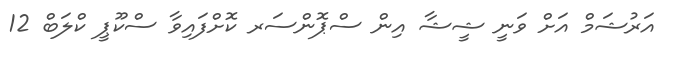
އަރުޝަމް އަށް ވަނީ ޝީޝާ އިން ސްޕޮންސަރ ކޮށްފައިވާ ސްކޫޕީ ކްލަބް 12